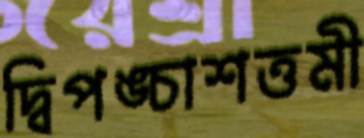
দ্বিপঙ্চাশত্তমী